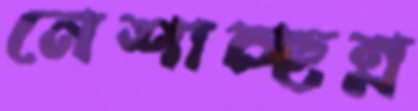
নেশাচ্ছন্ন